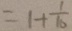
= 1 + \frac { 1 } { 1 0 }